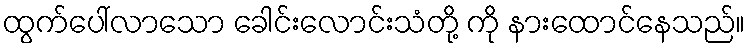
ထွက်ပေါ်လာသော ခေါင်းလောင်းသံတို့ ကို နားထောင်နေသည်။